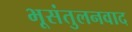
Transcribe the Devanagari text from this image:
भूसंतुलनवाद